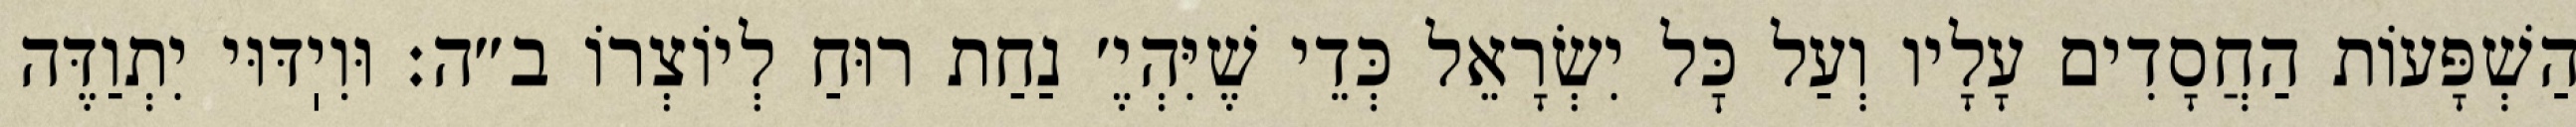
הַשְׁפָּעוֹת הַחֲסָדִים עָלָיו וְעַל כׇּל יִשְׂרָאֵל כְּדֵי שֶׁיִּהְיֶ׳ נַחַת רוּחַ לְיוֹצְרוֹ ב״ה: וּוִיֽדּוּי יִתְוַדֶּה